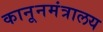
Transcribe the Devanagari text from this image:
कानूनमंत्रालय